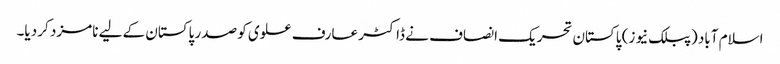
اسلام آباد (پبلک نیوز) پاکستان تحریک انصاف نے ڈاکٹر عارف علوی کو صدر پاکستان کے لیے نامزد کر دیا۔